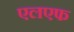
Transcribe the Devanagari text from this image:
एलएफ